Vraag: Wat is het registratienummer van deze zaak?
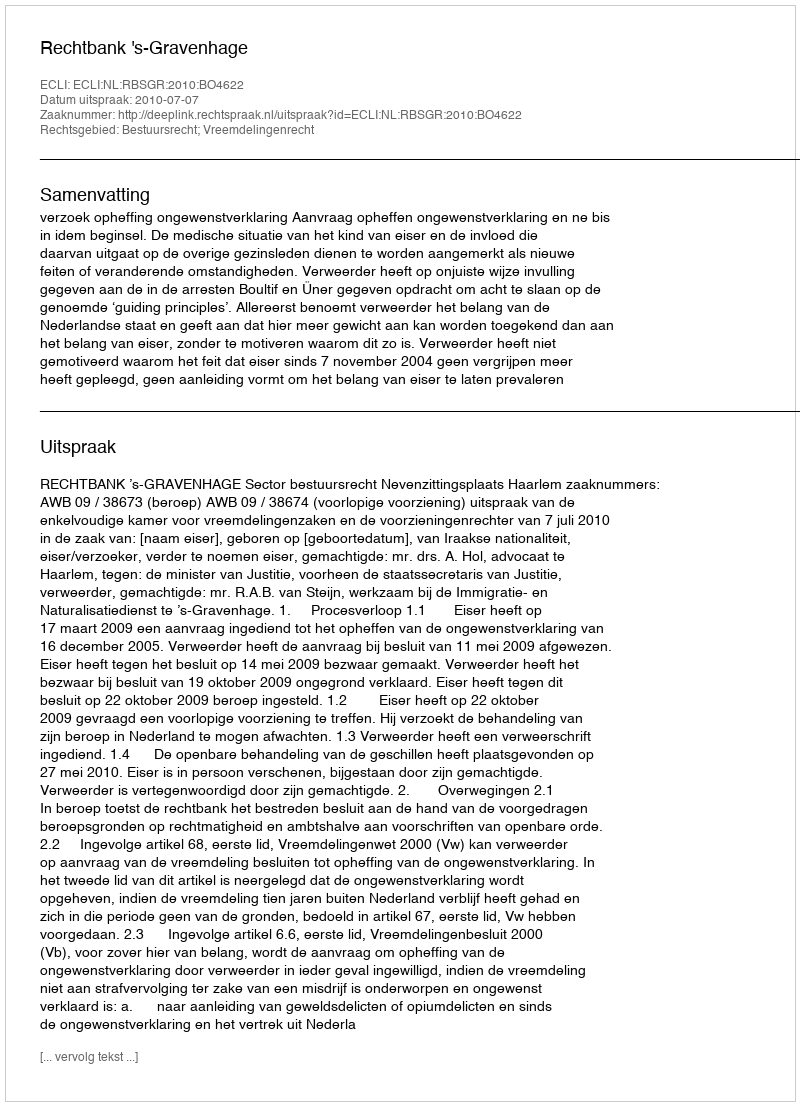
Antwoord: http://deeplink.rechtspraak.nl/uitspraak?id=ECLI:NL:RBSGR:2010:BO4622